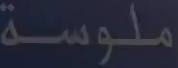
ملوسة